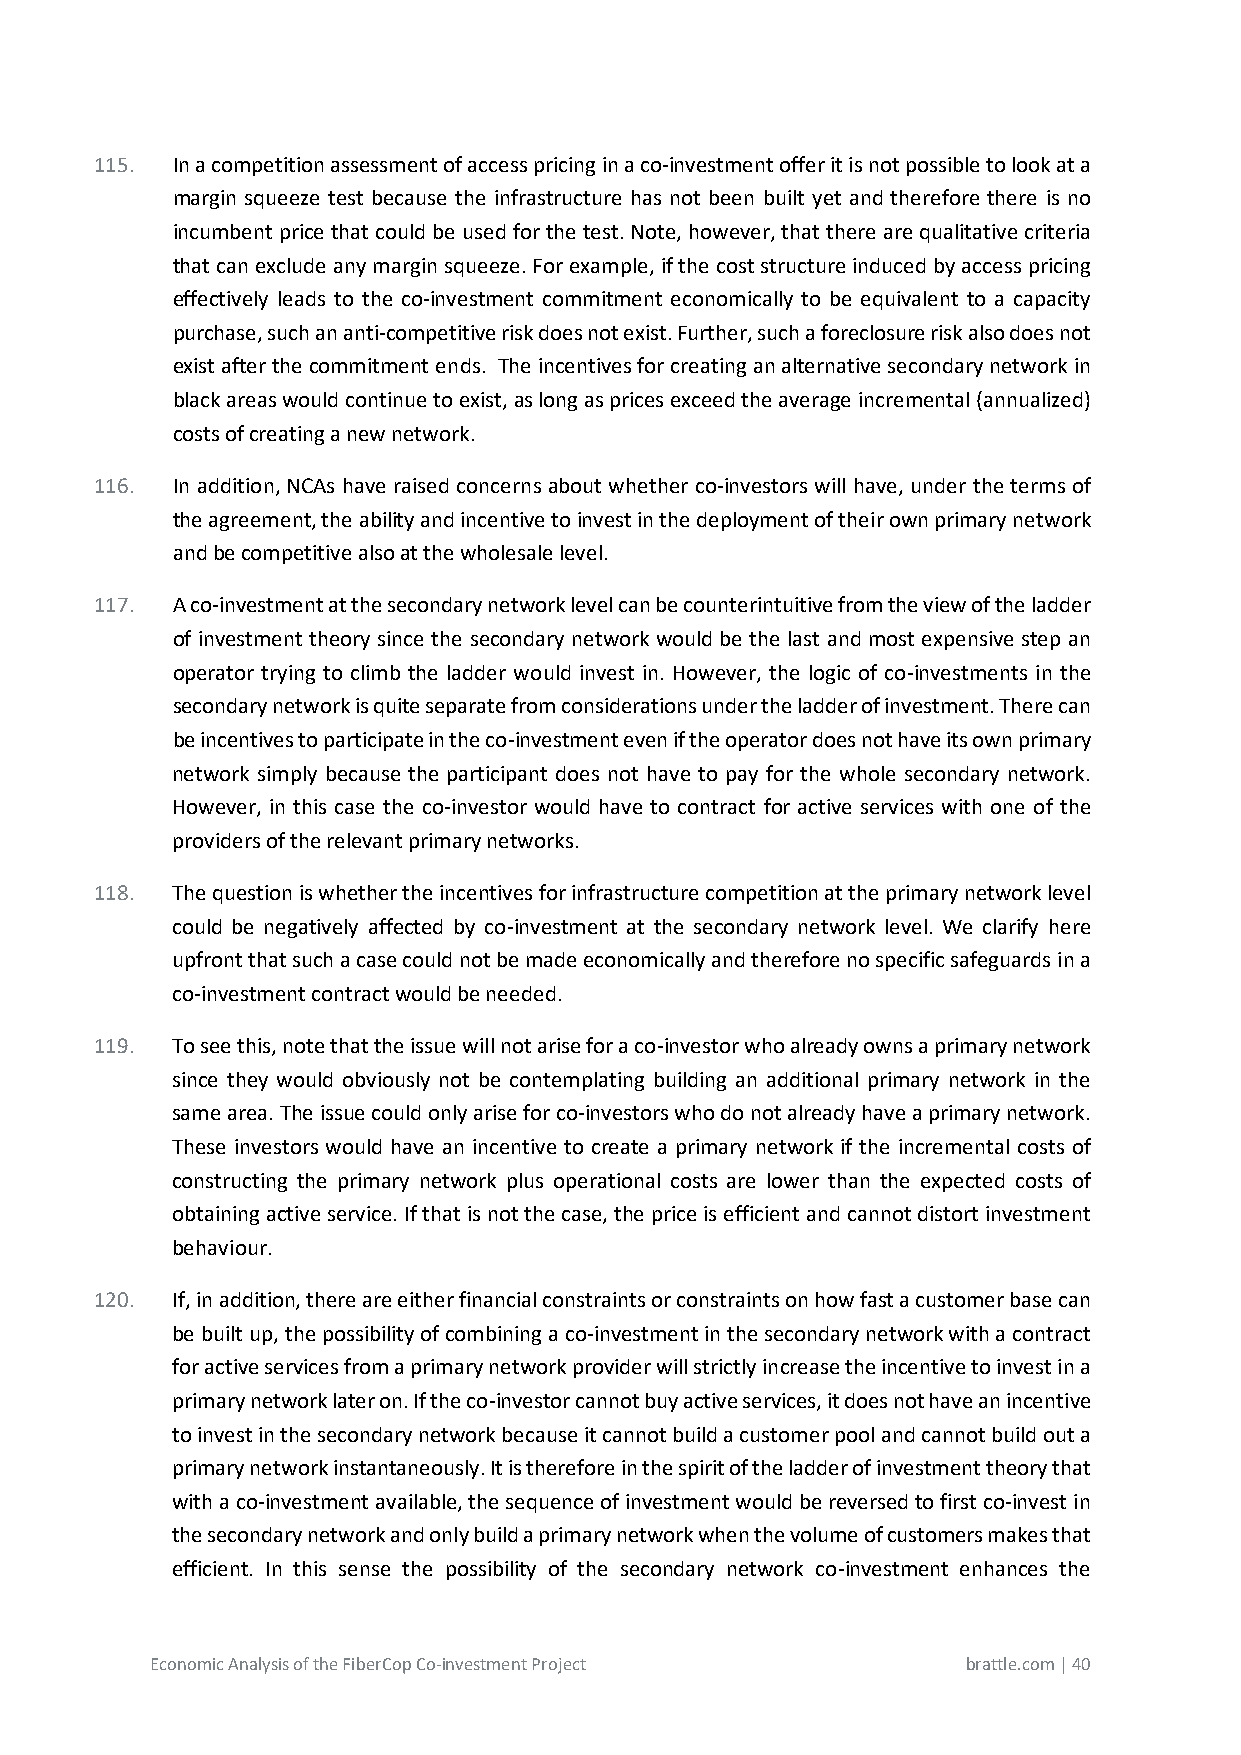
115. In a competition assessment of access pricing in a co-investment offer it is not possible to look at a
 margin squeeze test because the infrastructure has not been built yet and therefore there is no
 incumbent price that could be used for the test. Note, however, that there are qualitative criteria
 that can exclude any margin squeeze. For example, if the cost structure induced by access pricing
 effectively leads to the co-investment commitment economically to be equivalent to a capacity
 purchase, such an anti-competitive risk does not exist. Further, such a foreclosure risk also does not
 exist after the commitment ends. The incentives for creating an alternative secondary network in
 black areas would continue to exist, as long as prices exceed the average incremental (annualized)
 costs of creating a new network.
 116. In addition, NCAs have raised concerns about whether co-investors will have, under the terms of
 the agreement, the ability and incentive to invest in the deployment of their own primary network
 and be competitive also at the wholesale level.
 117. A co-investment at the secondary network level can be counterintuitive from the view of the ladder
 of investment theory since the secondary network would be the last and most expensive step an
 operator trying to climb the ladder would invest in. However, the logic of co-investments in the
 secondary network is quite separate from considerations under the ladder of investment. There can
 be incentives to participate in the co-investment even if the operator does not have its own primary
 network simply because the participant does not have to pay for the whole secondary network.
 However, in this case the co-investor would have to contract for active services with one of the
 providers of the relevant primary networks.
 118. The question is whether the incentives for infrastructure competition at the primary network level
 could be negatively affected by co-investment at the secondary network level. We clarify here
 upfront that such a case could not be made economically and therefore no specific safeguards in a
 co-investment contract would be needed.
 119. To see this, note that the issue will not arise for a co-investor who already owns a primary network
 since they would obviously not be contemplating building an additional primary network in the
 same area. The issue could only arise for co-investors who do not already have a primary network.
 These investors would have an incentive to create a primary network if the incremental costs of
 constructing the primary network plus operational costs are lower than the expected costs of
 obtaining active service. If that is not the case, the price is efficient and cannot distort investment
 behaviour.
 120. If, in addition, there are either financial constraints or constraints on how fast a customer base can
 be built up, the possibility of combining a co-investment in the secondary network with a contract
 for active services from a primary network provider will strictly increase the incentive to invest in a
 primary network later on. If the co-investor cannot buy active services, it does not have an incentive
 to invest in the secondary network because it cannot build a customer pool and cannot build out a
 primary network instantaneously. It is therefore in the spirit of the ladder of investment theory that
 with a co-investment available, the sequence of investment would be reversed to first co-invest in
 the secondary network and only build a primary network when the volume of customers makes that
 efficient. In this sense the possibility of the secondary network co-investment enhances the
 Economic Analysis of the FiberCop Co-investment Project brattle.com | 40